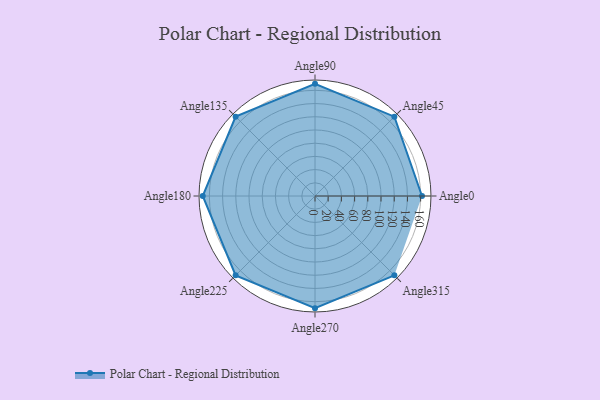
{"axis": {"x": "Angle", "y": "Radius"}, "legend": [""], "data": [{"x": "Angle0", "y": 162.0, "type": ""}, {"x": "Angle45", "y": 170.0, "type": ""}, {"x": "Angle90", "y": 170, "type": ""}, {"x": "Angle135", "y": 170, "type": ""}, {"x": "Angle180", "y": 170, "type": ""}, {"x": "Angle225", "y": 170, "type": ""}, {"x": "Angle270", "y": 170, "type": ""}, {"x": "Angle315", "y": 170, "type": ""}]}